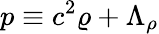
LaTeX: p\equiv c^{2}\varrho+\Lambda_{\rho}